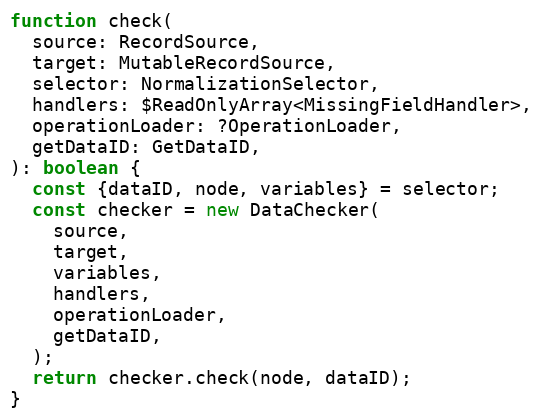
Language: JavaScript
function check(
  source: RecordSource,
  target: MutableRecordSource,
  selector: NormalizationSelector,
  handlers: $ReadOnlyArray<MissingFieldHandler>,
  operationLoader: ?OperationLoader,
  getDataID: GetDataID,
): boolean {
  const {dataID, node, variables} = selector;
  const checker = new DataChecker(
    source,
    target,
    variables,
    handlers,
    operationLoader,
    getDataID,
  );
  return checker.check(node, dataID);
}